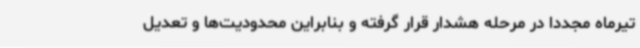
تیرماه مجددا در مرحله هشدار قرار گرفته و بنابراین محدودیت‌ها و تعدیل